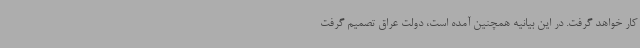
کار خواهد گرفت. در این بیانیه همچنین آمده است، دولت عراق تصمیم گرفت